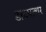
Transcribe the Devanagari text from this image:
डाटपत्थर